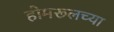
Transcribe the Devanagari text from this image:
होमरूलच्या